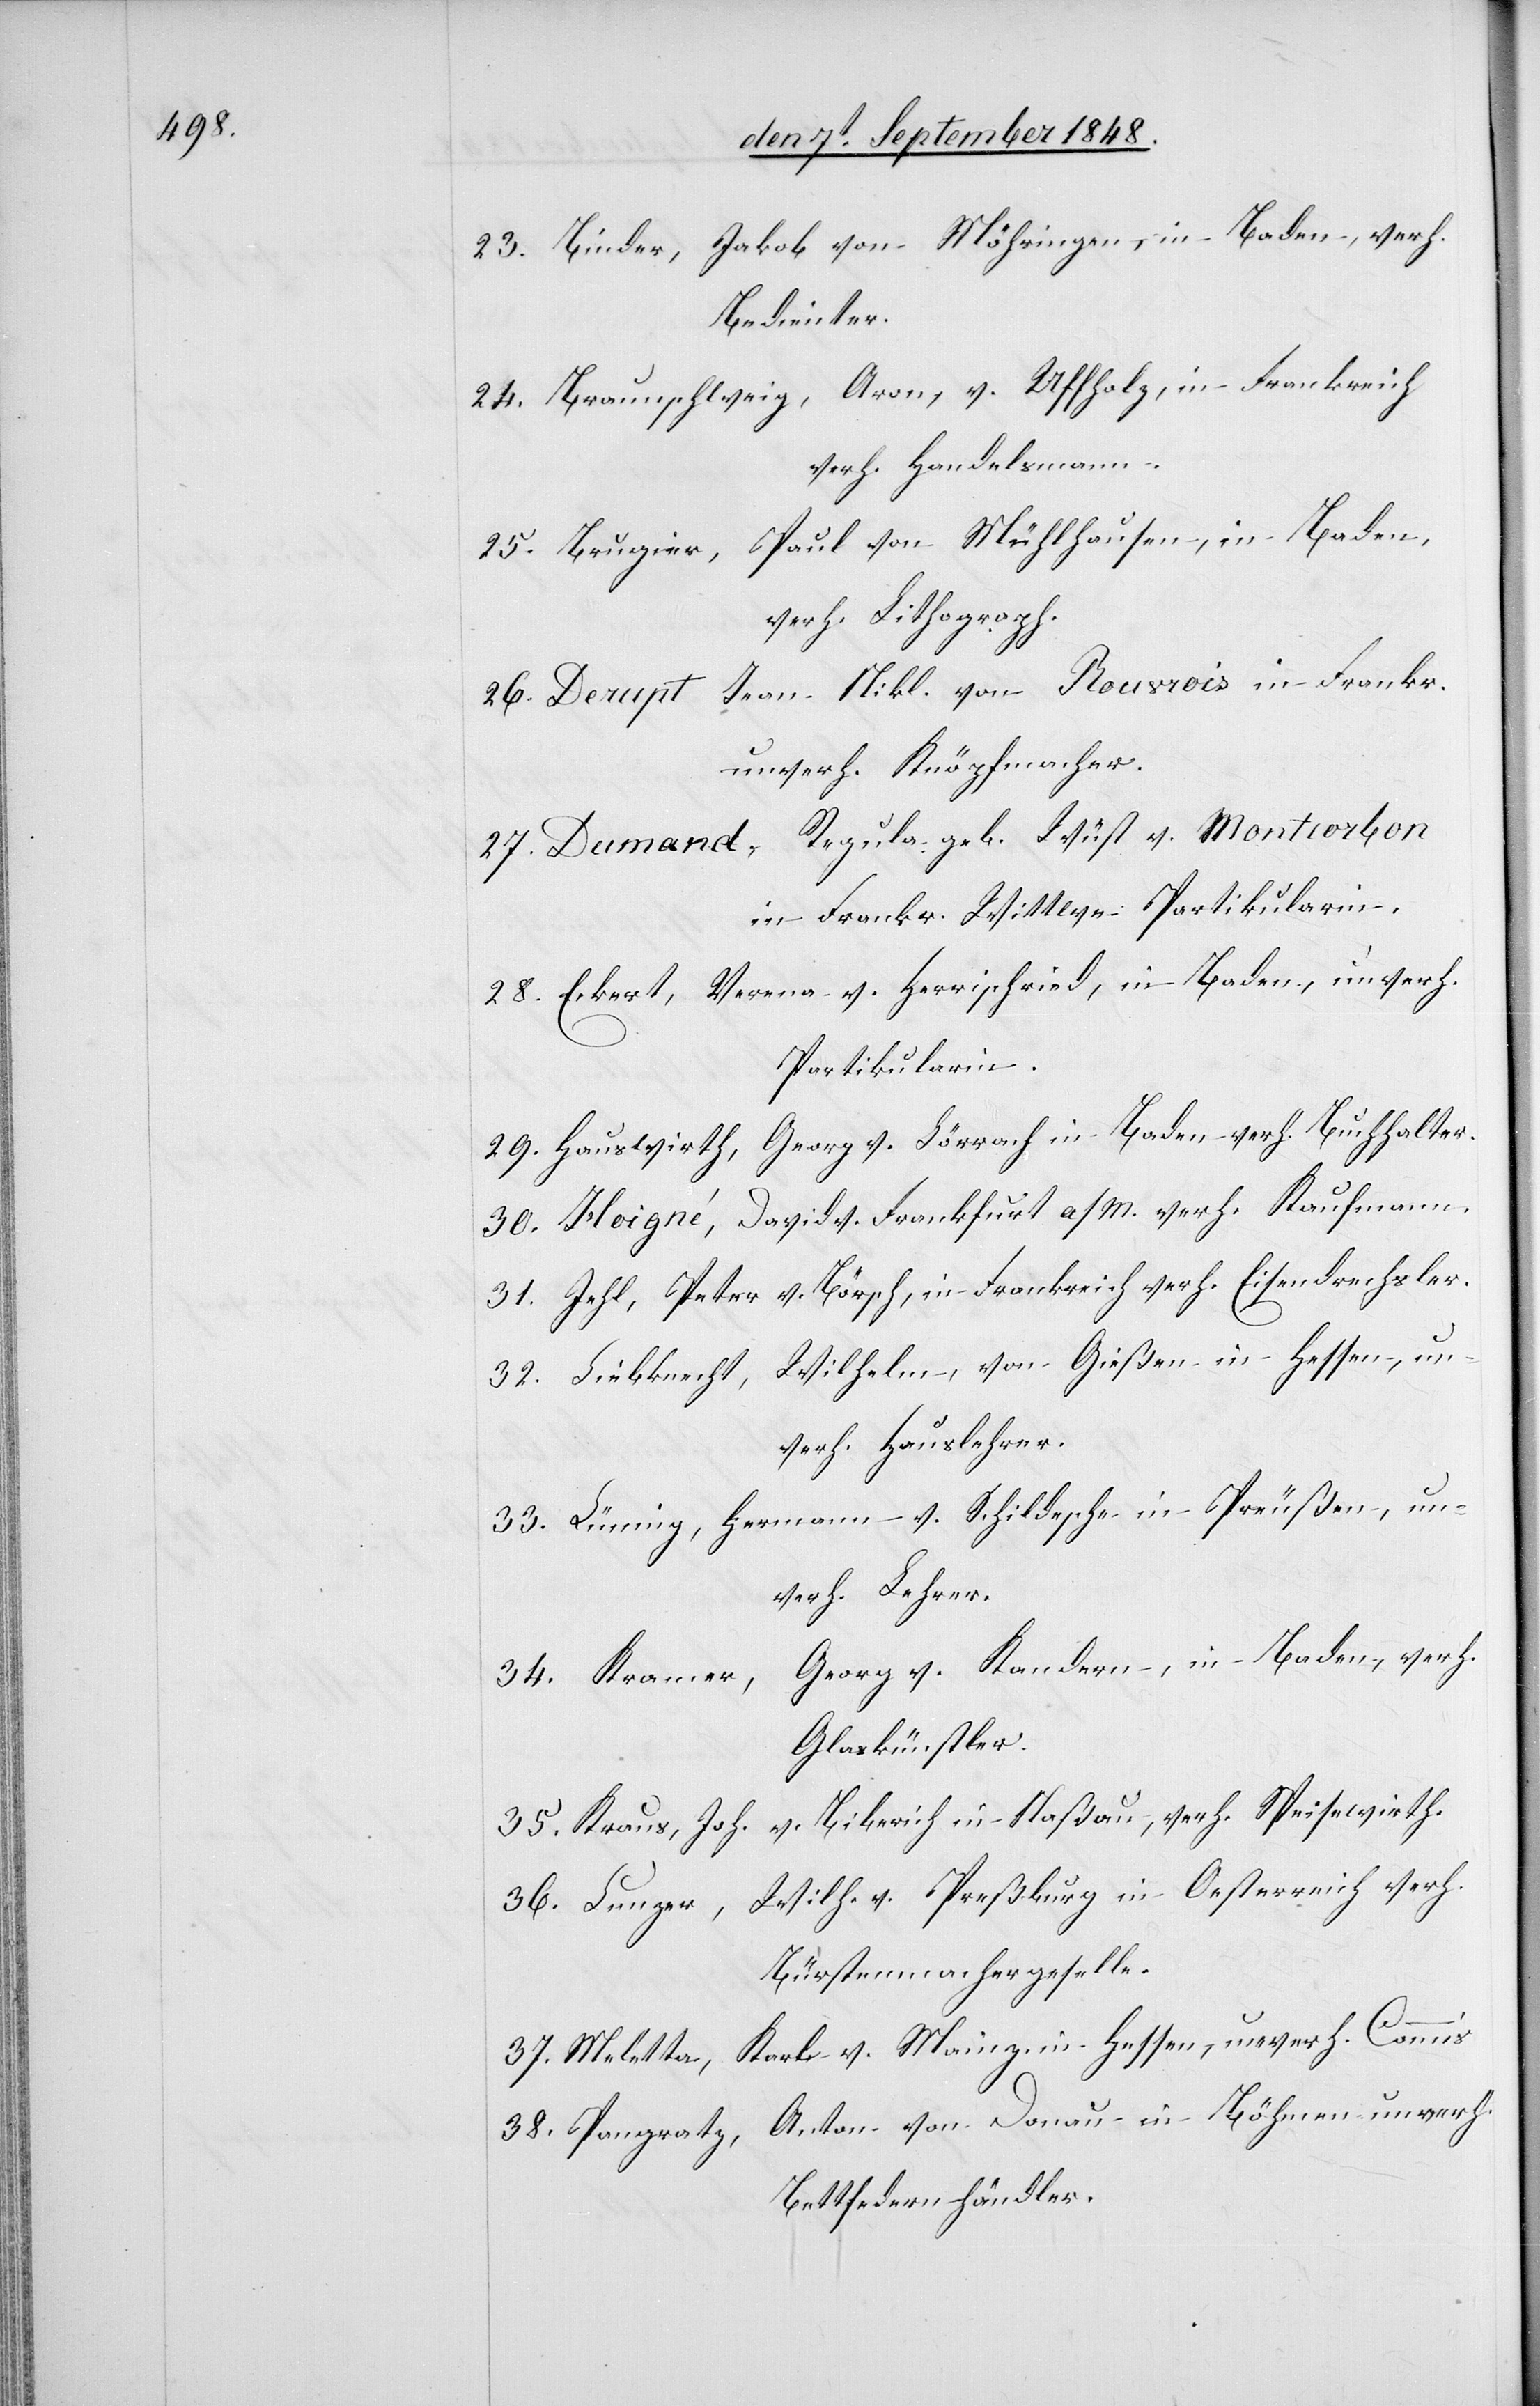
23. Binder, Jakob von Möhringen, in Baden, verh.
Bedienter.
24. Braunschweig, Aron, v. Uffholz, in Frankreich
verh. Handelsmann.
25. Brugier, Paul von Mühlhausen, in Baden,
verh. Lithograph.
26. Derupt Jean Nikl. von Rousrois in Frankr.
unverh. Knöpfmacher.
27. Dumand, Regula geb. Wüst v. Montcorbon
in Frankr. Wittwe Partikularin.
28. Ekert, Verena v. Herrischried, in Baden, unverh.
Partikularin.
29. Hauswirth, Georg v. Lörrach in Baden verh. Buchhalter.
30. Hoigné, David v. Frankfurt a/M. verh. Kaufmann.
31. Jehl, Peter v. Börsch, in Frankreich verh. Eisendrechsler.
32. Liebknecht, Wilhelm, von Gießen in Hessen, un¬
verh. Hauslehrer.
33. Lümig, Hermann v. Schildesche in Preußen, un¬
verh. Lehrer.
Georg v. Kandern, in Baden, verh.
34. Kramer,
Glaskünstler.
v. Biberich in Naßau, verh. Speisewirth.
35. Kraus, Joh.
Wilh. v. Preßburg in Oesterreich verh.
36. Lunger,
Bürstenmachergeselle.
37. Meletta, Karl v. Mainz in Hessen, unverh. Commis.
38. Pangratz, Anton von Donau in Böhmen unverh.
Bettfedernhändler.